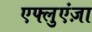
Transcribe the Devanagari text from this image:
एफ्लुएंज़ा